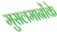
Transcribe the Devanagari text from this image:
मुसलमानोंके